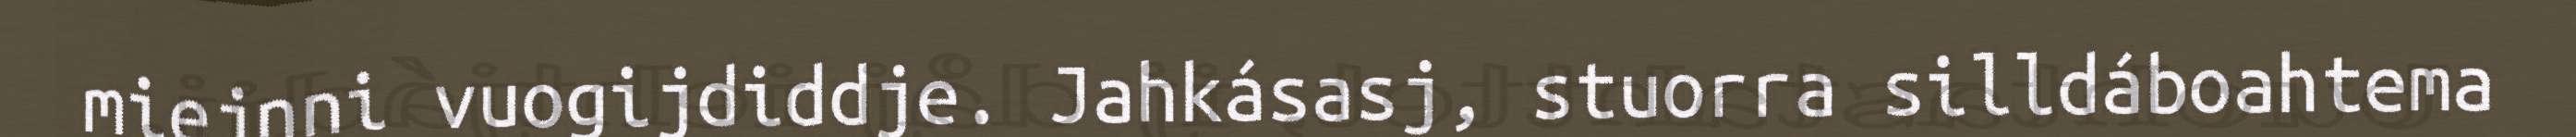
miejnni vuogijdiddje. Jahkásasj, stuorra silldáboahtema